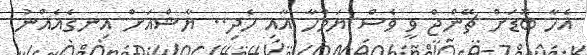
އެހާ ބޮޑަށް ޗޭންޖް ވީ ވެސް ޔަމްހާ އާއި ހެދި.. ޔާޝްއަށް އިނގެއެއްނު